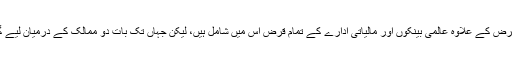
انہوں نے واضح کیا کہ چین اور خلیجی ممالک سے لیے گئے قرض کے علاوہ عالمی بینکوں اور مالیاتی ادارے کے تمام قرض اس میں شامل ہیں، لیکن جہاں تک بات دو ممالک کے درمیان لیے گئے قرض کی ہے تو وہ معاملہ سفارتی سطح پر ہی طے ہو گا۔